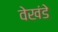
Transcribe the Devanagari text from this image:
वेखंडे